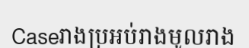
Caseរាងប្រអប់រាងមូលរាង